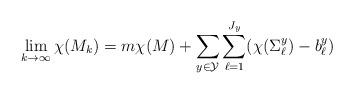
LaTeX: \begin{align*}\lim_{k\to\infty} \chi(M_k)=m\chi(M)+\sum_{y\in \mathcal{Y}}\sum_{\ell=1}^{J_y}(\chi(\Sigma^y_\ell)-b^y_{\ell})\end{align*}